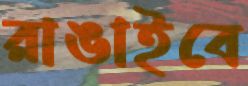
রাঙাইবে